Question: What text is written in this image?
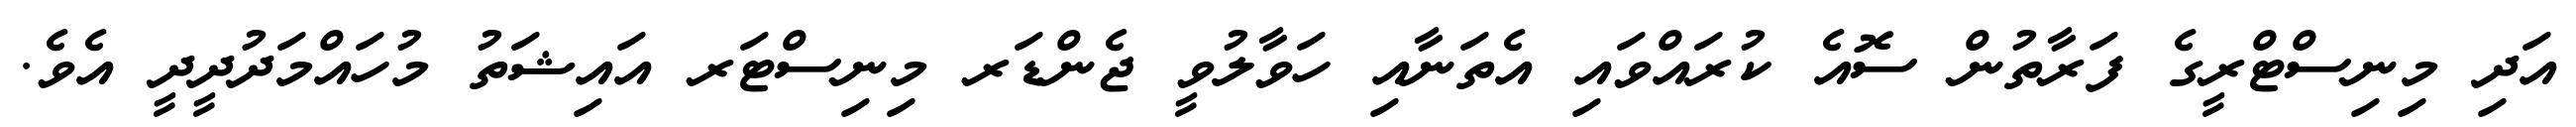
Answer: އަދި މިނިސްޓްރީގެ ފަރާތުން ސޮއެ ކުރައްވައި އެތަނާއި ހަވާލުވީ ޖެންޑަރ މިނިސްޓަރ އައިޝަތު މުހައްމަދުދީދީ އެވެ.